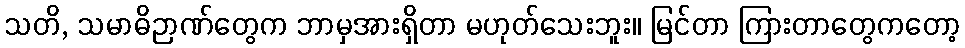
သတိ, သမာဓိဉာဏ်တွေက ဘာမှအားရှိတာ မဟုတ်သေးဘူး။ မြင်တာ ကြားတာတွေကတော့